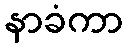
နာခံကာ